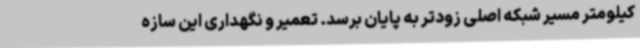
کیلومتر مسیر شبکه اصلی زودتر به پایان برسد. تعمیر و نگهداری این سازه